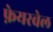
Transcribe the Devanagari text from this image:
फ़ेयरवेल